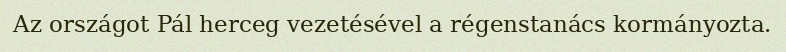
Az országot Pál herceg vezetésével a régenstanács kormányozta.